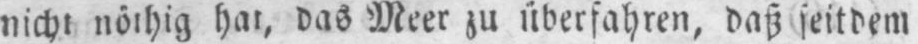
nicht nöthig hat, das Meer zu überfahren, daß seitdem